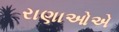
રાણાઓએ